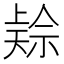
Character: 𱵜